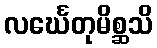
လင်္ဃေတုမိစ္ဆသိ